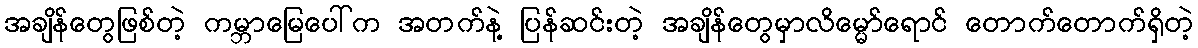
အချိန်တွေဖြစ်တဲ့ ကမ္ဘာမြေပေါ်က အတက်နဲ့ ပြန်ဆင်းတဲ့ အချိန်တွေမှာလိမ္မော်ရောင် တောက်တောက်ရှိတဲ့